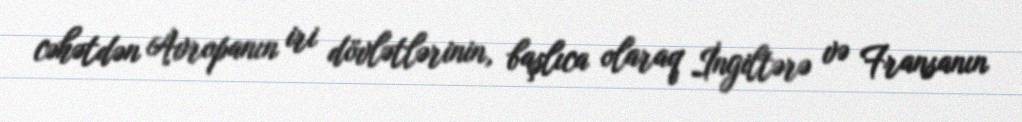
cəhətdən Avropanın iri dövlətlərinin, başlıca olaraq İngiltərə və Fransanın